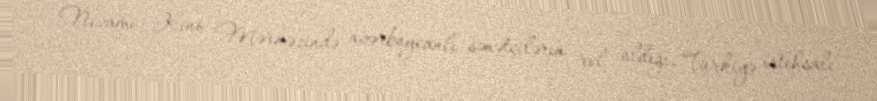
Nizami Kino Mərkəzində azərbaycanlı sənətçilərin rol aldığı, Türkiyə istehsalı